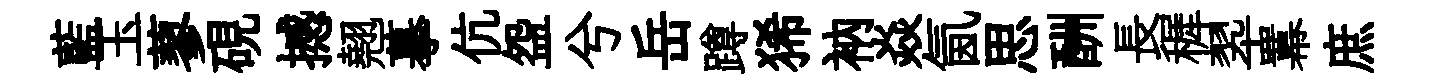
藍玉蓼硯撼翹摹伉盌兮岳蹲狶衲焱氤思酬長穉翆羃庶